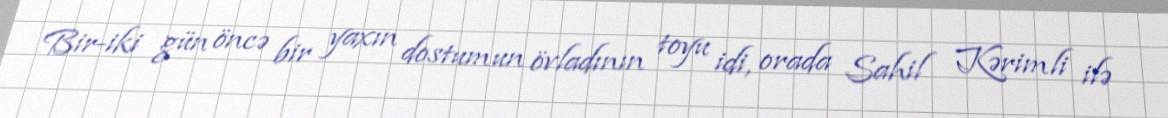
Bir-iki gün öncə bir yaxın dostumun övladının toyu idi, orada Sahil Kərimli ilə